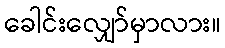
ခေါင်းလျှော်မှာလား။